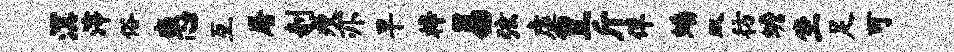
溟滓俗惠互屠剞瘦亦早梓易弦虚皇斤佯蟠双彷蟾坐足可